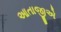
આતાજીએ